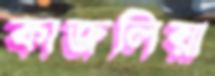
কাজলিয়া